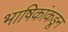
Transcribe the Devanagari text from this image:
भाषिकांकडून